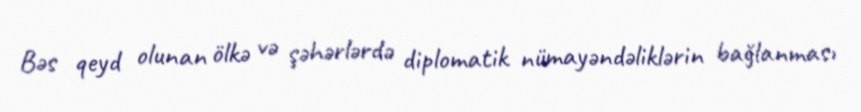
Bəs qeyd olunan ölkə və şəhərlərdə diplomatik nümayəndəliklərin bağlanması